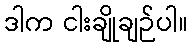
ဒါက ငါးချိုချဉ်ပါ။